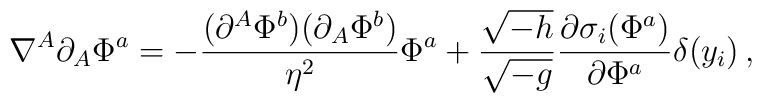
\nabla^A\partial_A\Phi^a  =-{(\partial^A\Phi^b)(\partial_A\Phi^b) \over \eta^2}\Phi^a+{\sqrt{-h} \over \sqrt{-g}}{\partial\sigma_i(\Phi^a) \over \partial\Phi^a}\delta(y_i)\,,